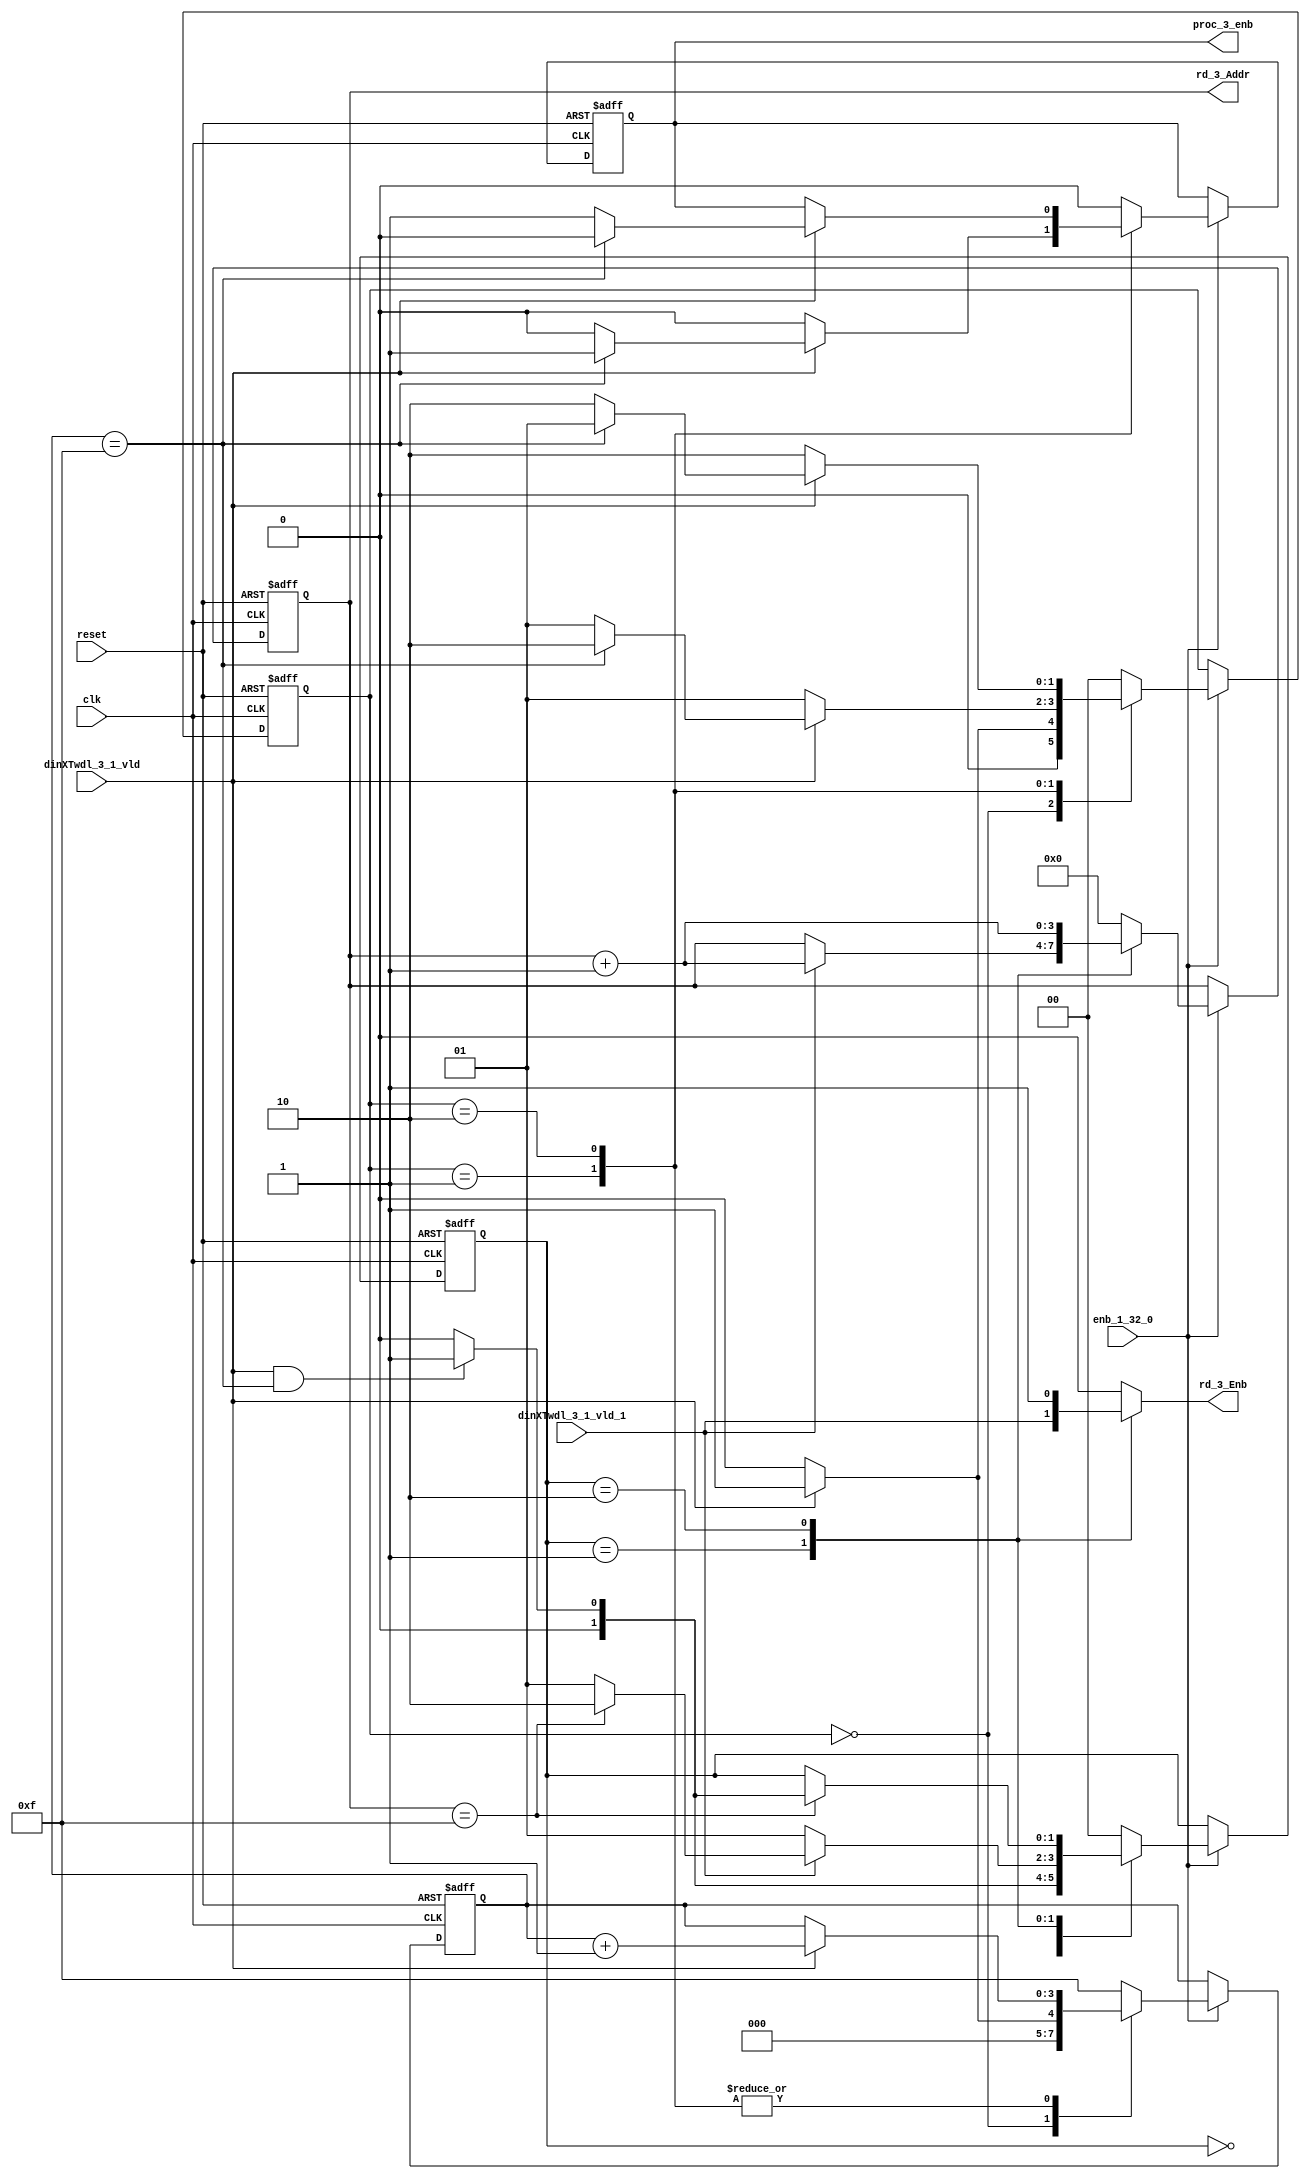
// -------------------------------------------------------------
// 
// 
// Generated by MATLAB 9.13 and HDL Coder 4.0
// 
// -------------------------------------------------------------


// -------------------------------------------------------------
// 
// Module: whdlOFDMTx_RADIX22FFT_CTRL1_3
// Source Path: dsphdl.IFFT/RADIX22FFT_CTRL1_3
// Hierarchy Level: 5
// 
// -------------------------------------------------------------

`timescale 1 ns / 1 ns

module whdlOFDMTx_RADIX22FFT_CTRL1_3
          (clk,
           reset,
           enb_1_32_0,
           dinXTwdl_3_1_vld,
           dinXTwdl_3_1_vld_1,
           rd_3_Addr,
           rd_3_Enb,
           proc_3_enb);


  input   clk;
  input   reset;
  input   enb_1_32_0;
  input   dinXTwdl_3_1_vld;
  input   dinXTwdl_3_1_vld_1;
  output  [3:0] rd_3_Addr;  // ufix4
  output  rd_3_Enb;
  output  proc_3_enb;


  reg [3:0] SDFController_wrCount;  // ufix4
  reg [1:0] SDFController_wrState;  // ufix2
  reg [1:0] SDFController_rdState;  // ufix2
  reg [3:0] SDFController_rdAddr_reg;  // ufix4
  reg  SDFController_procEnb_reg;
  reg [1:0] SDFController_multjState;  // ufix2
  reg  SDFController_multiply_J_reg;
  reg [3:0] SDFController_wrCount_next;  // ufix4
  reg [1:0] SDFController_wrState_next;  // ufix2
  reg [1:0] SDFController_rdState_next;  // ufix2
  reg [3:0] SDFController_rdAddr_reg_next;  // ufix4
  reg  SDFController_procEnb_reg_next;
  reg [1:0] SDFController_multjState_next;  // ufix2
  reg  SDFController_multiply_J_reg_next;
  reg [3:0] rd_3_Addr_1;  // ufix4
  reg  rd_3_Enb_1;
  reg  proc_3_enb_1;
  reg  multiply_3_J;


  // SDFController
  always @(posedge clk or posedge reset)
    begin : SDFController_process
      if (reset == 1'b1) begin
        SDFController_wrCount <= 4'b0000;
        SDFController_rdAddr_reg <= 4'b0000;
        SDFController_wrState <= 2'b00;
        SDFController_rdState <= 2'b00;
        SDFController_multjState <= 2'b00;
        SDFController_procEnb_reg <= 1'b0;
        SDFController_multiply_J_reg <= 1'b0;
      end
      else begin
        if (enb_1_32_0) begin
          SDFController_wrCount <= SDFController_wrCount_next;
          SDFController_wrState <= SDFController_wrState_next;
          SDFController_rdState <= SDFController_rdState_next;
          SDFController_rdAddr_reg <= SDFController_rdAddr_reg_next;
          SDFController_procEnb_reg <= SDFController_procEnb_reg_next;
          SDFController_multjState <= SDFController_multjState_next;
          SDFController_multiply_J_reg <= SDFController_multiply_J_reg_next;
        end
      end
    end

  always @(SDFController_multiply_J_reg, SDFController_multjState,
       SDFController_procEnb_reg, SDFController_rdAddr_reg,
       SDFController_rdState, SDFController_wrCount, SDFController_wrState,
       dinXTwdl_3_1_vld, dinXTwdl_3_1_vld_1) begin
    SDFController_wrCount_next = SDFController_wrCount;
    SDFController_wrState_next = SDFController_wrState;
    SDFController_rdState_next = SDFController_rdState;
    SDFController_rdAddr_reg_next = SDFController_rdAddr_reg;
    SDFController_procEnb_reg_next = SDFController_procEnb_reg;
    SDFController_multjState_next = SDFController_multjState;
    SDFController_multiply_J_reg_next = SDFController_multiply_J_reg;
    case ( SDFController_multjState)
      2'b00 :
        begin
          SDFController_multjState_next = 2'b00;
          SDFController_multiply_J_reg_next = 1'b0;
          if (SDFController_rdState == 2'b01) begin
            SDFController_multjState_next = 2'b01;
          end
        end
      2'b01 :
        begin
          SDFController_multiply_J_reg_next = 1'b0;
          if (SDFController_rdState == 2'b10) begin
            SDFController_multjState_next = 2'b10;
          end
        end
      2'b10 :
        begin
          SDFController_multiply_J_reg_next = 1'b0;
          if (SDFController_rdState == 2'b01) begin
            SDFController_multjState_next = 2'b11;
            SDFController_multiply_J_reg_next = 1'b1;
          end
        end
      2'b11 :
        begin
          if (SDFController_rdState == 2'b01) begin
            SDFController_multjState_next = 2'b11;
            SDFController_multiply_J_reg_next = 1'b1;
          end
          else begin
            SDFController_multiply_J_reg_next = 1'b0;
            SDFController_multjState_next = 2'b00;
          end
        end
      default :
        begin
          SDFController_multjState_next = 2'b00;
          SDFController_multiply_J_reg_next = 1'b0;
        end
    endcase
    case ( SDFController_rdState)
      2'b00 :
        begin
          SDFController_rdState_next = 2'b00;
          SDFController_rdAddr_reg_next = 4'b0000;
          rd_3_Enb_1 = 1'b0;
          if (dinXTwdl_3_1_vld && (SDFController_wrCount == 4'b1111)) begin
            SDFController_rdState_next = 2'b01;
          end
        end
      2'b01 :
        begin
          SDFController_rdState_next = 2'b01;
          rd_3_Enb_1 = dinXTwdl_3_1_vld_1;
          if (dinXTwdl_3_1_vld_1) begin
            if (SDFController_rdAddr_reg == 4'b1111) begin
              SDFController_rdState_next = 2'b10;
            end
            SDFController_rdAddr_reg_next = SDFController_rdAddr_reg + 4'b0001;
          end
        end
      2'b10 :
        begin
          rd_3_Enb_1 = 1'b1;
          if (SDFController_rdAddr_reg == 4'b1111) begin
            if (dinXTwdl_3_1_vld && (SDFController_wrCount == 4'b1111)) begin
              SDFController_rdState_next = 2'b01;
            end
            else begin
              SDFController_rdState_next = 2'b00;
            end
          end
          SDFController_rdAddr_reg_next = SDFController_rdAddr_reg + 4'b0001;
        end
      default :
        begin
          SDFController_rdState_next = 2'b00;
          SDFController_rdAddr_reg_next = 4'b0000;
          rd_3_Enb_1 = 1'b0;
        end
    endcase
    case ( SDFController_wrState)
      2'b00 :
        begin
          SDFController_wrState_next = 2'b00;
          SDFController_wrCount_next = 4'b0000;
          SDFController_procEnb_reg_next = 1'b0;
          if (dinXTwdl_3_1_vld) begin
            SDFController_wrState_next = 2'b01;
            SDFController_wrCount_next = 4'b0001;
          end
        end
      2'b01 :
        begin
          SDFController_wrState_next = 2'b01;
          SDFController_procEnb_reg_next = 1'b0;
          if (dinXTwdl_3_1_vld) begin
            if (SDFController_wrCount == 4'b1111) begin
              SDFController_wrState_next = 2'b10;
              SDFController_procEnb_reg_next = 1'b1;
            end
            else begin
              SDFController_wrState_next = 2'b01;
            end
            SDFController_wrCount_next = SDFController_wrCount + 4'b0001;
          end
        end
      2'b10 :
        begin
          SDFController_wrState_next = 2'b10;
          if (dinXTwdl_3_1_vld) begin
            if (SDFController_wrCount == 4'b1111) begin
              SDFController_wrState_next = 2'b01;
              SDFController_procEnb_reg_next = 1'b0;
            end
            else begin
              SDFController_wrState_next = 2'b10;
              SDFController_procEnb_reg_next = 1'b1;
            end
            SDFController_wrCount_next = SDFController_wrCount + 4'b0001;
          end
        end
      default :
        begin
          SDFController_wrState_next = 2'b00;
          SDFController_wrCount_next = 4'b1111;
          SDFController_procEnb_reg_next = 1'b0;
        end
    endcase
    rd_3_Addr_1 = SDFController_rdAddr_reg;
    proc_3_enb_1 = SDFController_procEnb_reg;
    multiply_3_J = SDFController_multiply_J_reg;
  end



  assign rd_3_Addr = rd_3_Addr_1;

  assign rd_3_Enb = rd_3_Enb_1;

  assign proc_3_enb = proc_3_enb_1;

endmodule  // whdlOFDMTx_RADIX22FFT_CTRL1_3